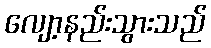
လျော့နည်းသွားသည်